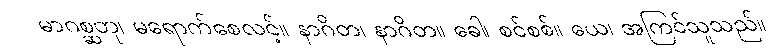
မာဂစ္ဆတု၊ မရောက်စေလင့်။ နာဂိတ၊ နာဂိတ။ ခေါ၊ စင်စစ်။ ယေ၊ အကြင်သူသည်။